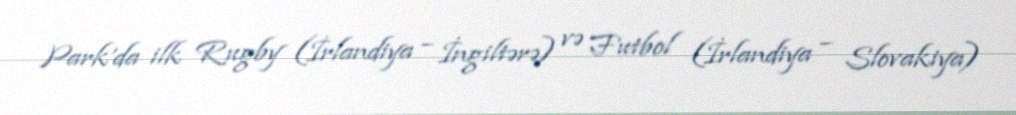
Park'da ilk Rugby (İrlandiya – İngiltərə) və Futbol (İrlandiya – Slovakiya)